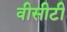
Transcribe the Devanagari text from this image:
वीसीटी